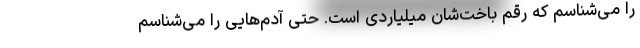
را می‌شناسم که رقم باخت‌شان میلیاردی است. حتی آدم‌هایی را می‌شناسم